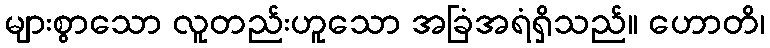
များစွာသော လူတည်းဟူသော အခြံအရံရှိသည်။ ဟောတိ၊